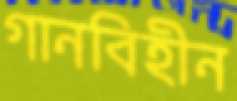
গানবিহীন